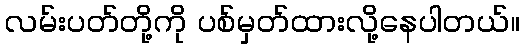
လမ်းပတ်တို့ကို ပစ်မှတ်ထားလို့နေပါတယ်။